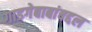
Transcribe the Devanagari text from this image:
गाडगेबाबांबद्दल